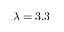
\lambda = 3 . 3